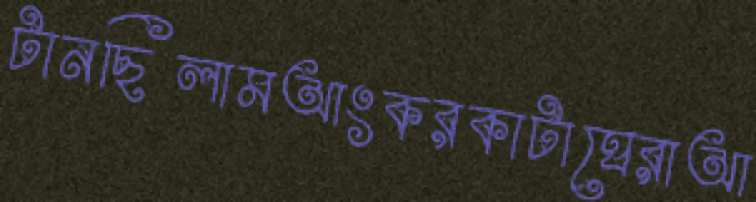
টানছিলামআংকরকাটাঘেরাআ